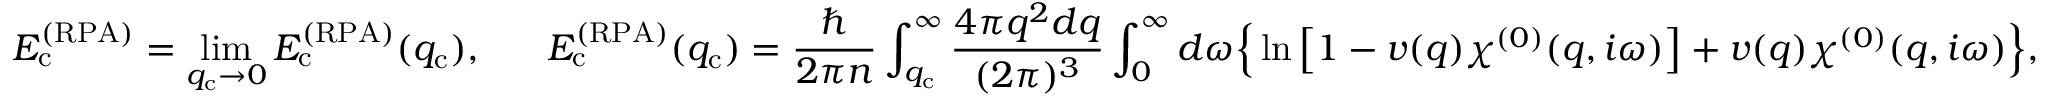
E _ { \mathrm { c } } ^ { ( \mathrm { R P A } ) } = \operatorname* { l i m } _ { q _ { \mathrm { c } } \rightarrow 0 } E _ { \mathrm { c } } ^ { ( \mathrm { R P A } ) } ( q _ { \mathrm { c } } ) , \ \ \ \ \ E _ { \mathrm { c } } ^ { ( \mathrm { R P A } ) } ( q _ { \mathrm { c } } ) = \frac { \hbar } { 2 \pi n } \int _ { q _ { \mathrm { c } } } ^ { \infty } \frac { 4 \pi q ^ { 2 } d q } { ( 2 \pi ) ^ { 3 } } \int _ { 0 } ^ { \infty } d \omega \Big \{ \ln \left[ 1 - v ( q ) \chi ^ { ( 0 ) } ( q , i \omega ) \right] + v ( q ) \chi ^ { ( 0 ) } ( q , i \omega ) \Big \} ,